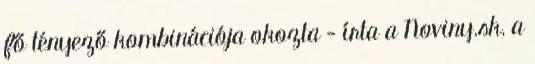
fő tényező kombinációja okozta - írta a Noviny.sk, a